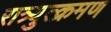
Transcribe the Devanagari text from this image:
रात्र्युत्क्रमण